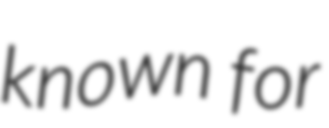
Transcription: known for